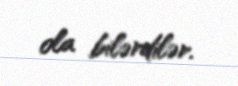
ola bilərdilər.